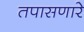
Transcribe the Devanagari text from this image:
तपासणारे